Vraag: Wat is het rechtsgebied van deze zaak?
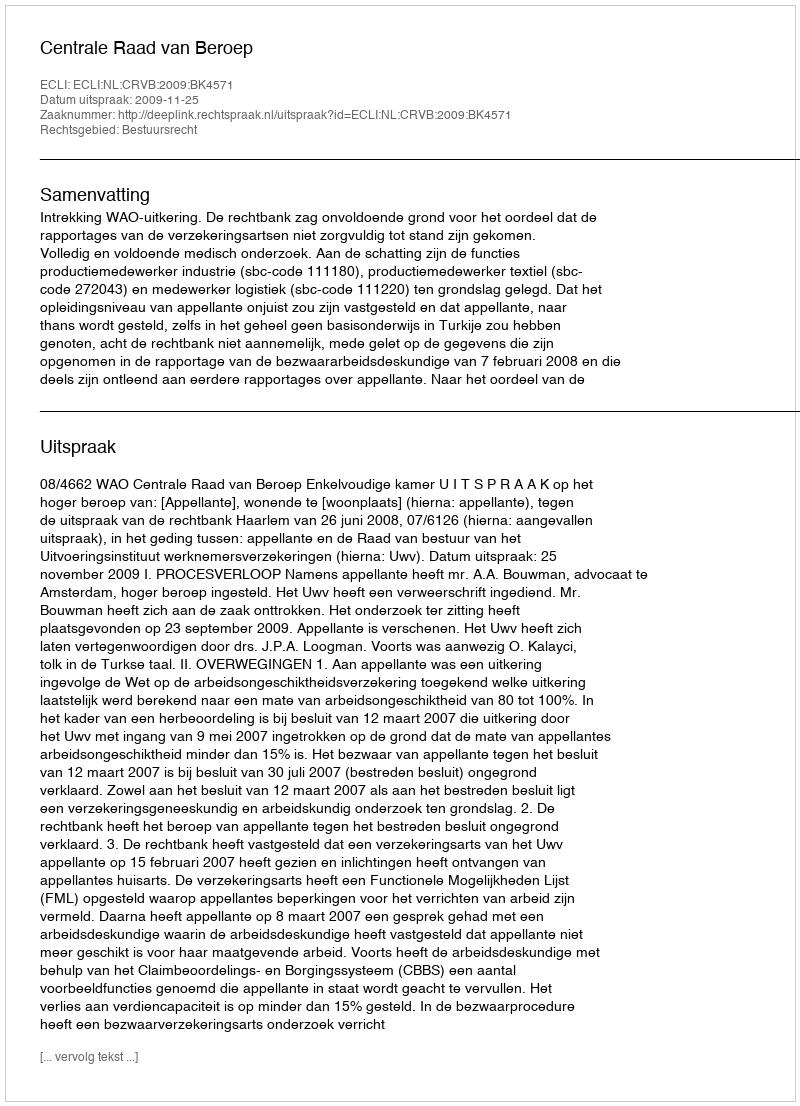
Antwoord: Bestuursrecht